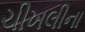
ચીખલીના